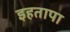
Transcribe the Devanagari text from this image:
इहतापा